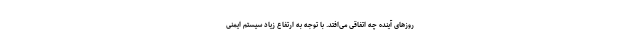
روزهای آینده چه اتفاقی می‌افتد. با توجه به ارتفاع زیاد سیستم ایمنی